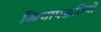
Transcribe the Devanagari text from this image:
क्रियापद्धतियों